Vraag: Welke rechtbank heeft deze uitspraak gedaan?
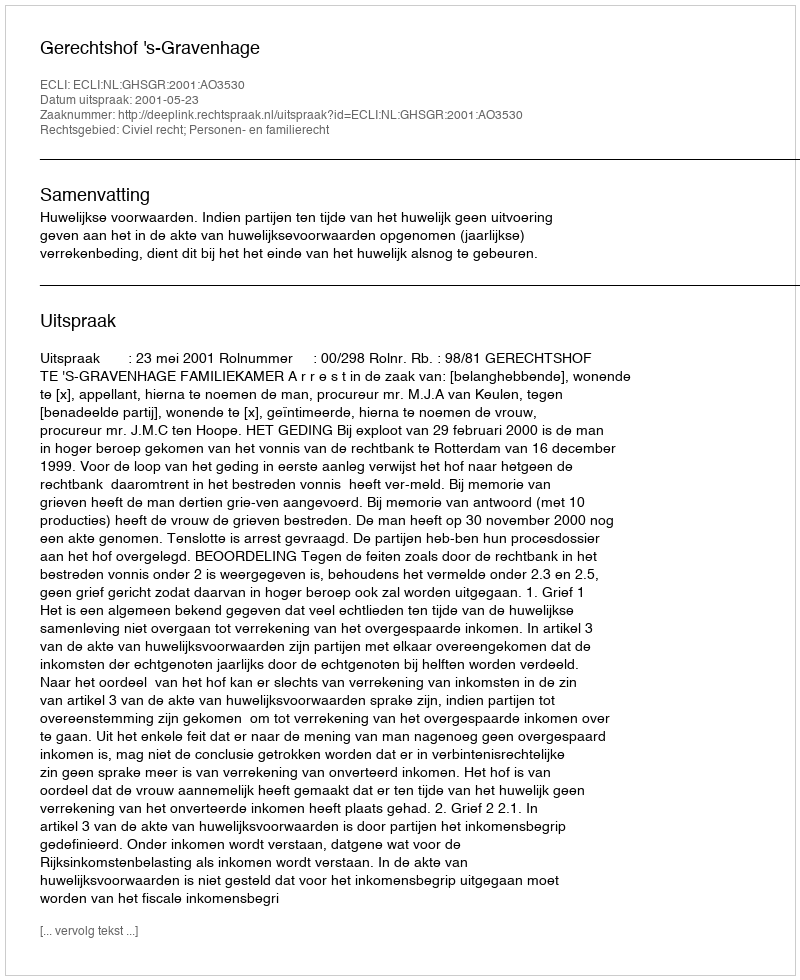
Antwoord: Gerechtshof 's-Gravenhage